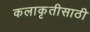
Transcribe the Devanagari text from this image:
कलाकृतीसाठी